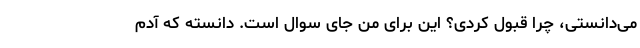
می‌دانستی، چرا قبول کردی؟ این برای من جای سوال است. دانسته که آدم